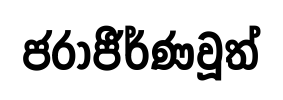
ජරාජීර්ණවූත්